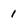
Character: 1